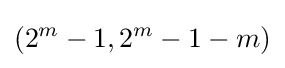
(2^{m}-1,2^{m}-1-m)